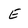
Character: E